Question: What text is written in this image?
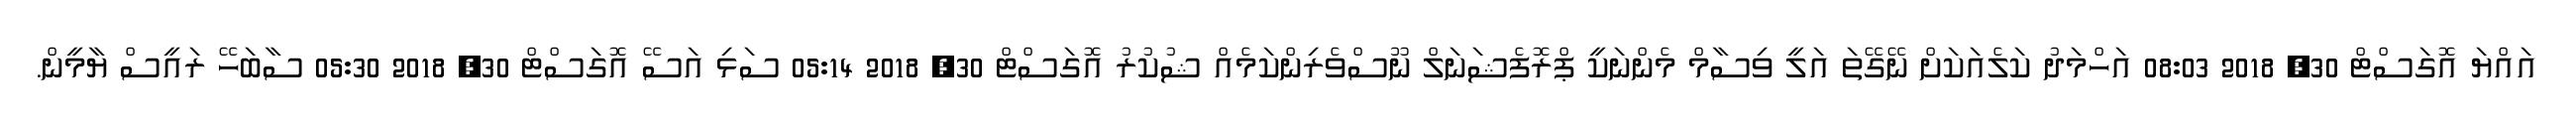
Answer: އައްޔަ އޮގަސްޓް 30, 2018 08:03 އަހްމަދު ކަލެއަކަށް ނޭގޭތަ އަލީ ވިސާމް މެންނަކީ ޕްރޮފެޝަނަލް ނޫސްވެރިންކަމެއް ޝުކުރު އޮގަސްޓް 30, 2018 05:14 ސަޅި އަސޭ އޮގަސްޓް 30, 2018 05:30 ސާބަހޭ ރައީސް ޔާމީން.